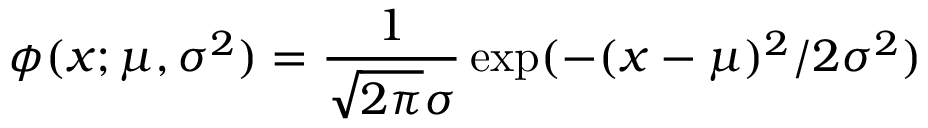
\phi ( x ; \mu , \sigma ^ { 2 } ) = \frac { 1 } { \sqrt { 2 \pi } \sigma } \exp ( - ( x - \mu ) ^ { 2 } / 2 \sigma ^ { 2 } )